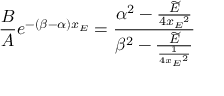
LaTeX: { { \frac { B } { A } } e ^ { - ( \beta - \alpha ) x _ { E } } = { \frac { { \alpha } ^ { 2 } - { \frac { \widetilde { E } } { 4 { x _ { E } } ^ { 2 } } } } { { \beta } ^ { 2 } - { \frac { \widetilde { E } } { \frac { 1 } { 4 { x _ { E } } ^ { 2 } } } } } } }